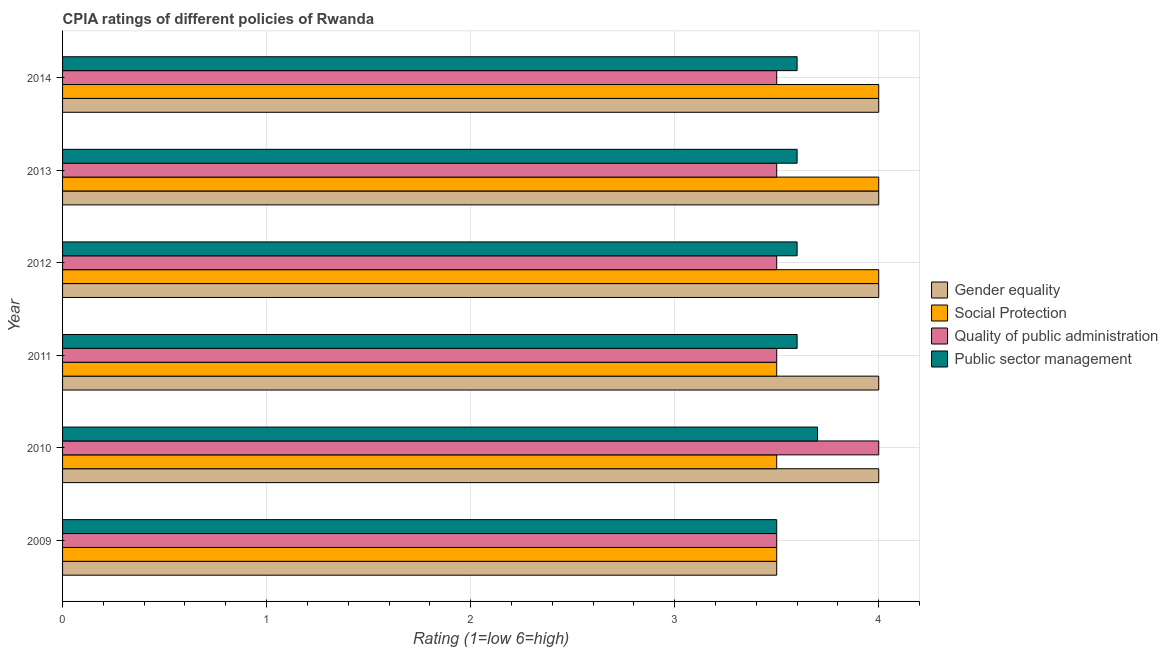
| Year | Gender equality | Social Protection | Quality of public administration | Public sector management |
 | --- | --- | --- | --- | --- |
 | 2009 | 3.5 | 3.5 | 3.5 | 3.5 |
 | 2010 | 4 | 3.5 | 4 | 3.7 |
 | 2011 | 4 | 3.5 | 3.5 | 3.6 |
 | 2012 | 4 | 4 | 3.5 | 3.6 |
 | 2013 | 4 | 4 | 3.5 | 3.6 |
 | 2014 | 4 | 4 | 3.5 | 3.6 |